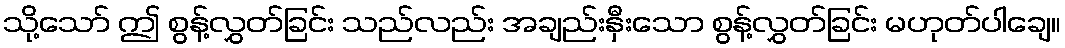
သို့သော် ဤ စွန့်လွှတ်ခြင်း သည်လည်း အချည်းနှီးသော စွန့်လွှတ်ခြင်း မဟုတ်ပါချေ။